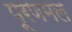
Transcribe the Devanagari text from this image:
पूरणमल